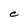
Character: c